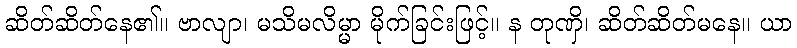
ဆိတ်ဆိတ်နေ၏။ ဗာလျာ၊ မသိမလိမ္မာ မိုက်ခြင်းဖြင့်။ န တုဏှိ၊ ဆိတ်ဆိတ်မနေ။ ယာ